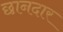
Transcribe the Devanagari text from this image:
छानदार